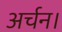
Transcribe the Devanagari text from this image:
अर्चन।